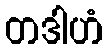
တဒါဟံ